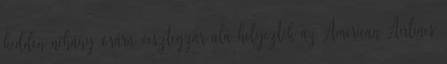
kedden néhány órára vesztegzár alá helyezték az American Airlines